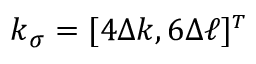
\boldsymbol { k } _ { \sigma } = [ 4 \Delta k , 6 \Delta \ell ] ^ { \scriptscriptstyle T }